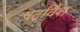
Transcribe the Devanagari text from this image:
षटविँश